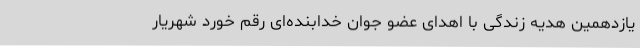
یازدهمین هدیه زندگی با اهدای عضو جوان خدابنده‌ای رقم خورد شهریار